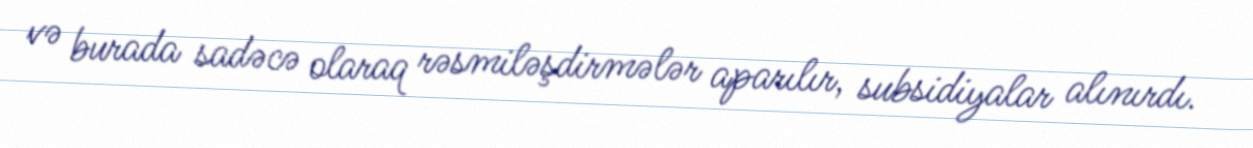
və burada sadəcə olaraq rəsmiləşdirmələr aparılır, subsidiyalar alınırdı.